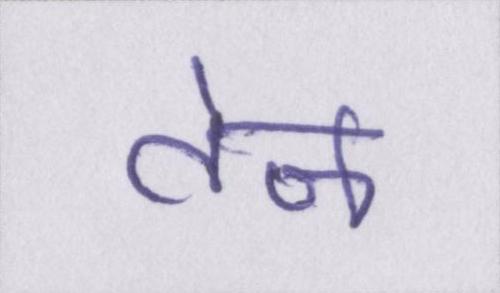
तेज